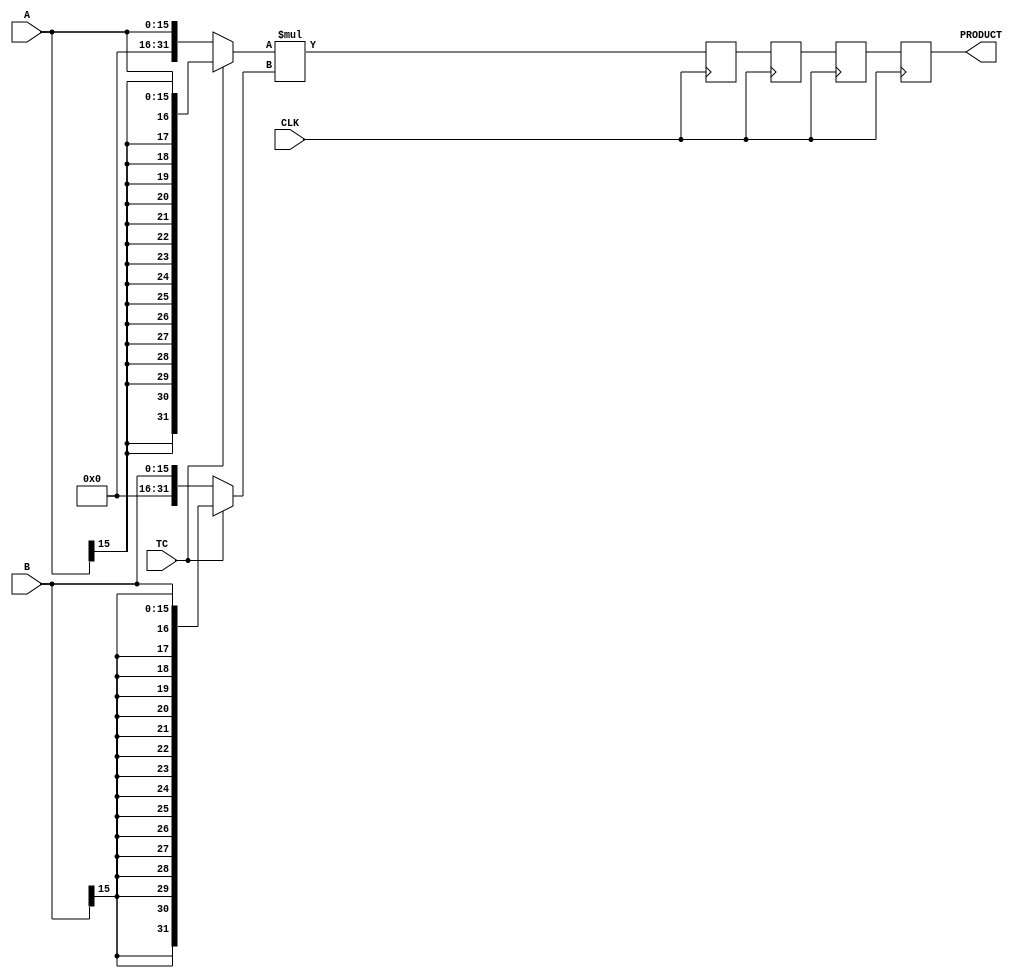


//--------------------------------------------------------------------------------------------------
// Title       : DW02_mult_5_stage
// Design      : Multiplier

//-------------------------------------------------------------------------------------------------
// Description : DW02_mult_5_stage is a five-stage pipelined multiplier. DW02_mult_5_stage multiplies
//the operand A by B to produce a product (PRODUCT) with a latency of four clock (CLK) cycle.
//
//-------------------------------------------------------------------------------------------------
module DW02_mult_5_stage(A,B,TC,CLK,PRODUCT)/* synthesis syn_builtin_du = "weak" */;

parameter A_width = 16;
parameter B_width = 16;

/********* Internal parameter *************/
parameter width = A_width + B_width;
/*****************************************/

//Input/output declaration
input [A_width - 1 : 0]			   A; 
input [B_width - 1 : 0]			   B; 
input 							   CLK;  
input 							   TC;   
output [A_width + B_width - 1 : 0] PRODUCT;

//Internal signal declaration
reg [width - 1 : 0] 			temp_a;
reg [width - 1 : 0] 			temp_b;
reg [A_width + B_width - 1 : 0] prod /* synthesis syn_pipeline=1 */;
reg [A_width + B_width - 1 : 0] prod1 /* synthesis syn_pipeline=1 */;
reg [A_width + B_width - 1 : 0] prod2 /* synthesis syn_pipeline=1 */;
reg [A_width + B_width - 1 : 0] PRODUCT /* synthesis syn_pipeline=1 */;


//Sign exrtending the inputs based on TC
always @( A or B or TC )	
	begin
		temp_a =  TC ? {{width - A_width{A[A_width - 1]}},A} : {{width - A_width{1'b0}},A};
		temp_b =  TC ? {{width - B_width{B[B_width - 1]}},B} : {{width - B_width{1'b0}},B};
	end	

    //Multiplier - product with a clock latency of Four
	always @ ( posedge CLK )
		begin
			prod <= temp_a * temp_b;
			prod1 <= prod;
			prod2 <= prod1;
		    PRODUCT <= prod2;
		end	
  
endmodule